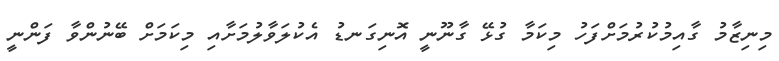
މިނިޒާމު ގާއިމުކުރުމަށްފަހު މިކަމާ ގުޅޭ ގާނޫނީ އޮނިގަނޑު އެކުލަވާލުމަށާއި މިކަމަށް ބޭނުންވާ ފަންނީ